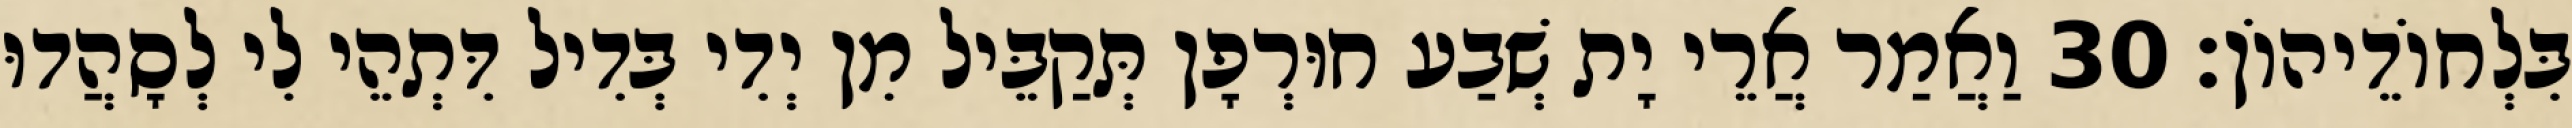
בִּלְחוֹדֵיהוֹן׃ 30 וַאֲמַר אֲרֵי יָת שְׁבַע חוּרְפָן תְּקַבֵּיל מִן יְדִי בְּדִיל דִּתְהֵי לִי לְסָהֲדוּ